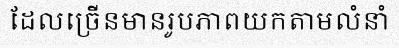
ដែលច្រើនមានរូបភាពយកតាមលំនាំ